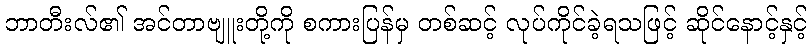
ဘာတီးလ်၏ အင်တာဗျူးတို့ကို စကားပြန်မှ တစ်ဆင့် လုပ်ကိုင်ခဲ့ရသဖြင့် ဆိုင်နောင့်နှင့်